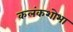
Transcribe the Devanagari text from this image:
कलंकशोभा